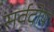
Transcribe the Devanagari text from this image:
सर्वदोष